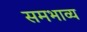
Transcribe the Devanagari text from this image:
समभाव्य